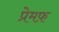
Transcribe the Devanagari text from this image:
प्रेमफ़